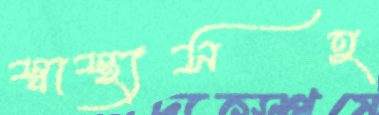
স্বাস্থ্যসহ